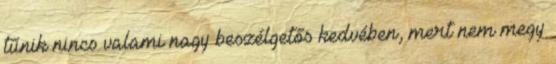
tűnik nincs valami nagy beszélgetős kedvében, mert nem megy